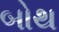
બોથ